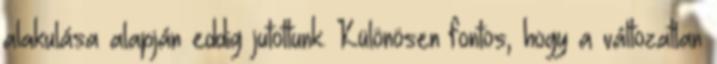
alakulása alapján eddig jutottunk. Különösen fontos, hogy a változatlan